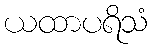
ယထာပရိသံ